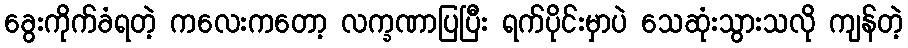
ခွေးကိုက်ခံရတဲ့ ကလေးကတော့ လက္ခဏာပြပြီး ရက်ပိုင်းမှာပဲ သေဆုံးသွားသလို ကျန်တဲ့